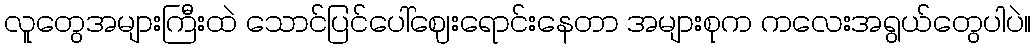
လူတွေအများကြီးထဲ သောင်ပြင်ပေါ်ဈေးရောင်းနေတာ အများစုက ကလေးအရွယ်တွေပါပဲ။